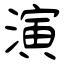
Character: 演